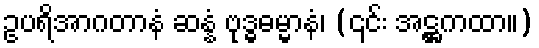
ဥပရိအာဂတာနံ ဆန္နံ ဗုဒ္ဓဓမ္မာနံ၊ (၎င်း အဋ္ဌကထာ။)